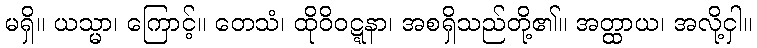
မရှိ။ ယသ္မာ၊ ကြောင့်။ တေသံ၊ ထိုဝိဝဋ္ဋနာ၊ အစရှိသည်တို့၏။ အတ္ထာယ၊ အလို့ငှါ။